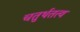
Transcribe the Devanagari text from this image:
चतुर्थतत्व